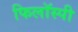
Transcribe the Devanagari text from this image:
फिलॉस्पी